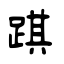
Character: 踑